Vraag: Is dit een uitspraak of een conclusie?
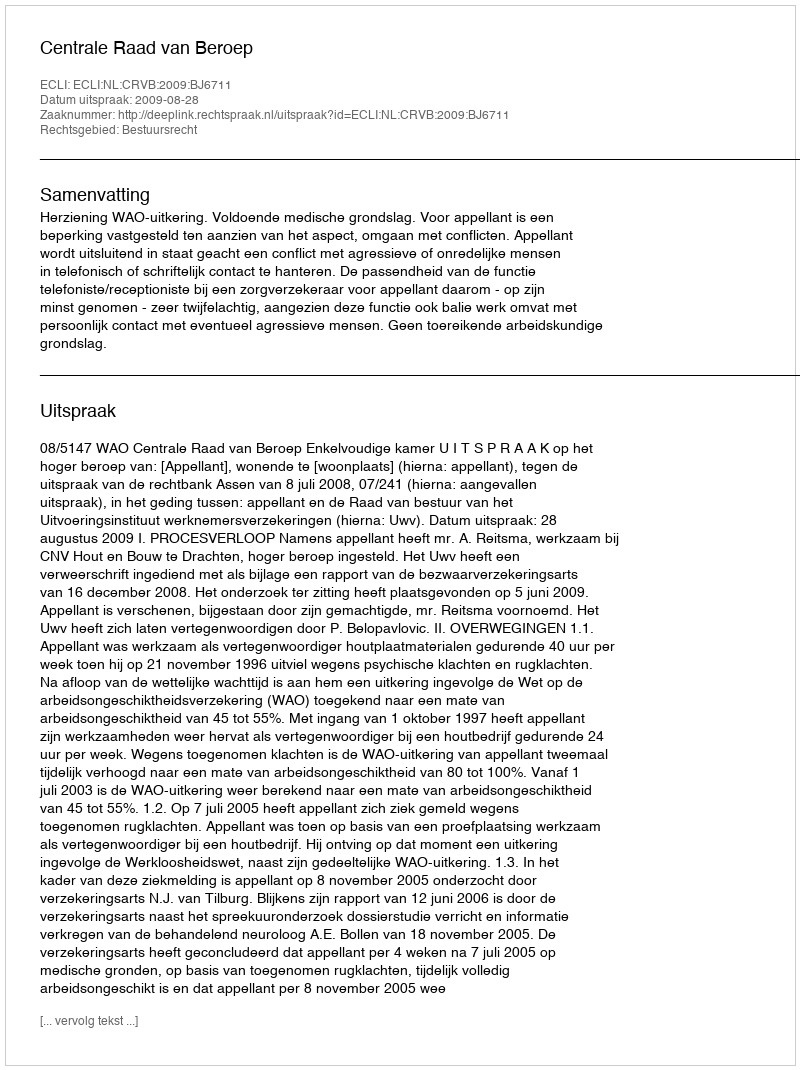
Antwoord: Uitspraak